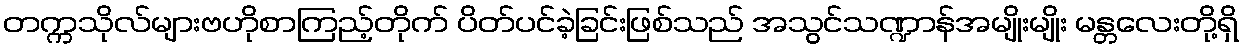
တက္ကသိုလ်များဗဟိုစာကြည့်တိုက် ပိတ်ပင်ခဲ့ခြင်းဖြစ်သည် အသွင်သဏ္ဍာန်အမျိုးမျိုး မန္တလေးတို့ရှိ